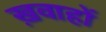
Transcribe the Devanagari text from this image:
ख़वाहों